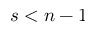
s < n - 1